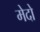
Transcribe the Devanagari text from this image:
मेदो